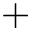
+